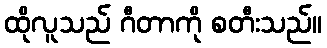
ထိုလူသည် ဂီတာကို စတီးသည်။